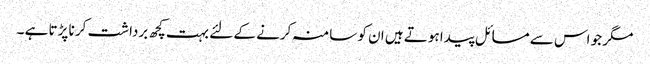
مگر جو اس سے مسائل پیدا ہوتے ہیں ان کو سامنہ کرنے کے لئے بہت کچھ برداشت کر نا پڑتا ہے ۔